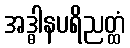
အဒ္ဓါနပရိညတ္ထံ